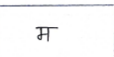
मजकूर: म